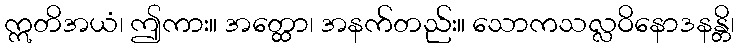
ဣတိအယံ၊ ဤကား။ အတ္ထော၊ အနက်တည်း။ သောကသလ္လဝိနောဒနန္တိ၊